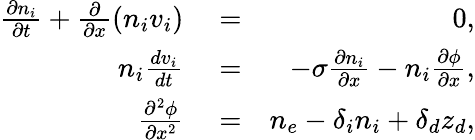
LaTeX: \begin{array}{rlr}{\frac{\partial n_{i}}{\partial t}+\frac{\partial}{\partial x}(n_{i}v_{i})}&{{}=}&{0,}\\ {n_{i}\frac{dv_{i}}{dt}}&{{}=}&{-\sigma\frac{\partial n_{i}}{\partial x}-n_{i}\frac{\partial\phi}{\partial x},}\\ {\frac{\partial^{2}\phi}{\partial x^{2}}}&{{}=}&{n_{e}-\delta_{i}n_{i}+\delta_{d}z_{d},}\end{array}